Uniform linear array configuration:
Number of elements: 64
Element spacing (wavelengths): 0.25
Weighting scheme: binomial
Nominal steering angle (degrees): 45
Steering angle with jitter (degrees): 46.856
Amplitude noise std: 0.05
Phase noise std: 0.05

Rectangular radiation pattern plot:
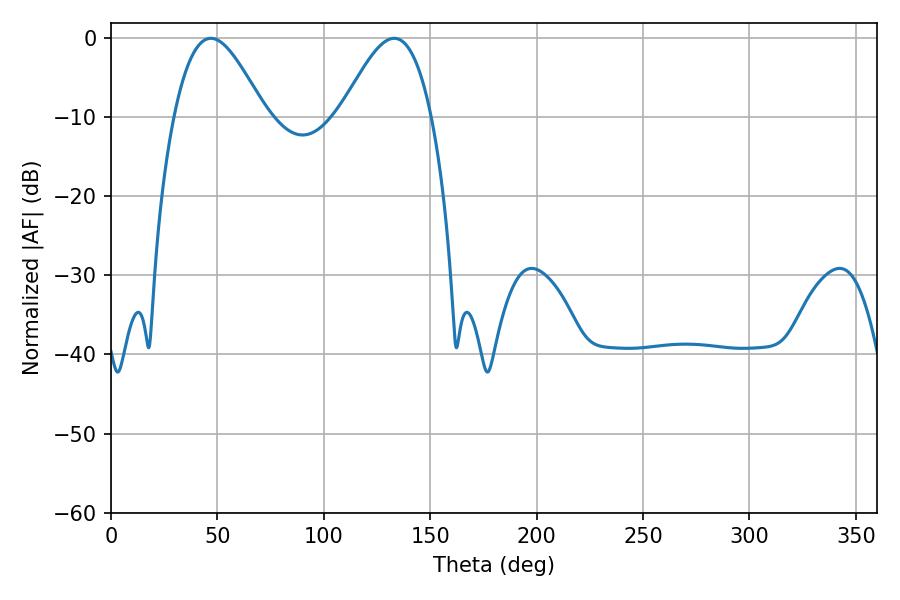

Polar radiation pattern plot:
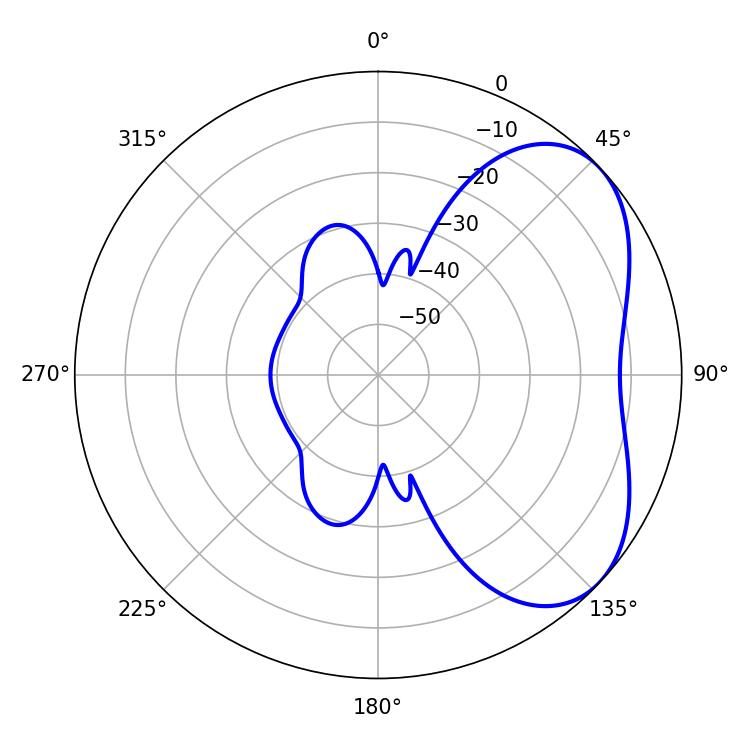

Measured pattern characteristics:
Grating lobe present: FALSE
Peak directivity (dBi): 4.646
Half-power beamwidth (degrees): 22.86
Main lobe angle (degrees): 133.02